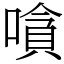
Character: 嗿